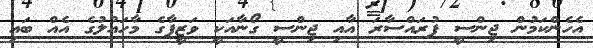
އެހެންކަމުން ޖިންސީ ފުރައްސާރަ އާއި ޖިންސީ ގޯނާއަކީ ވަޒީފާގެ މާހައުލުގެ އެއް ބައި